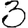
Digit: 3